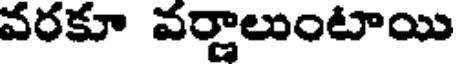
వరకూ వర్దాలుంటాయి